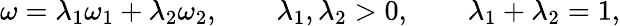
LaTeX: \omega=\lambda_{1}\omega_{1}+\lambda_{2}\omega_{2},\qquad\lambda_{1},\lambda_{2}>0,\qquad\lambda_{1}+\lambda_{2}=1,